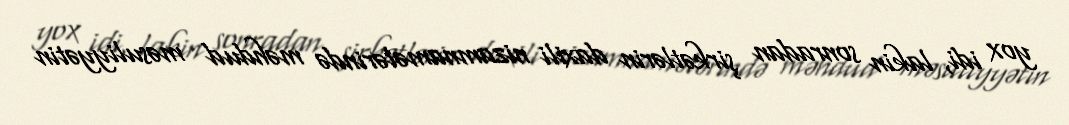
yox idi, lakin sonradan şirkətlərin daxili nizamnamələrində məhdud məsuliyyətin